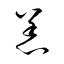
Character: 羔